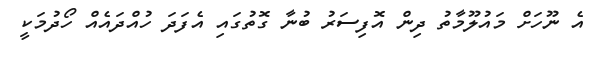
އެ ނޫހަށް މައުލޫމާތު ދިން އޮފިސަރު ބުނާ ގޮތުގައި އެފަދަ ހުއްދައެއް ހޯދުމަކީ